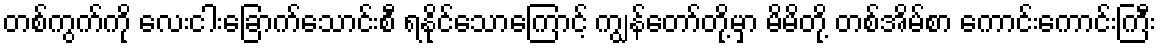
တစ်ကွက်ကို လေးငါးခြောက်သောင်းစီ ရနိုင်သောကြောင့် ကျွန်တော်တို့မှာ မိမိတို့ တစ်အိမ်စာ ကောင်းကောင်းကြီး